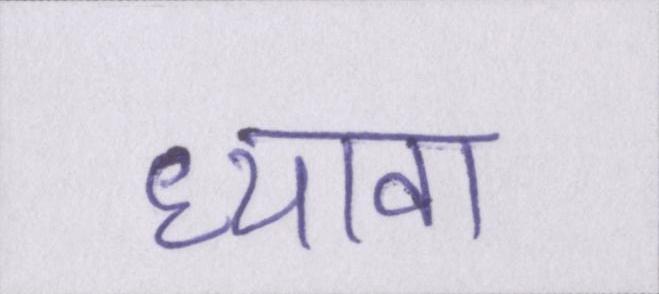
ध्यावा